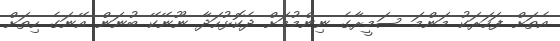
އެތަށް ފަހަރަކު މަންމަ ސަމީރާގެ ނިންމުމަށް ދެކޮޅުހަދާ ނޫނޭކޭ ބުނަން އޭނަގެ ހިތަށް